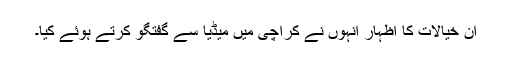
ان خیالات کا اظہار انہوں نے کراچی میں میڈیا سے گفتگو کرتے ہوئے کیا۔